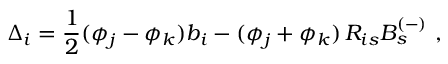
\Delta _ { i } = \frac { 1 } { 2 } ( \phi _ { j } - \phi _ { k } ) b _ { i } - ( \phi _ { j } + \phi _ { k } ) \, R _ { i s } B _ { s } ^ { ( - ) } ~ ,